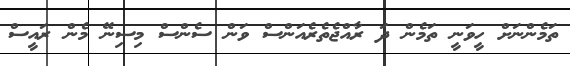
ތަމެންނަށް ހީވަނީ ތަމެން ދަ ރާއްޖެތެރެއަންސް ވަން ސެންސް މިސިނޭ މެން ރައީސް